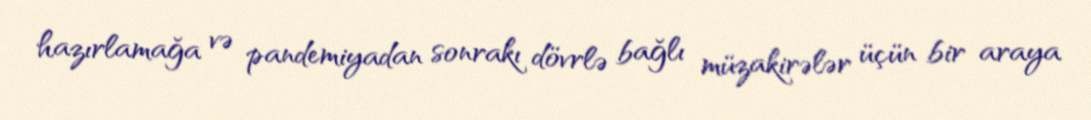
hazırlamağa və pandemiyadan sonrakı dövrlə bağlı müzakirələr üçün bir araya